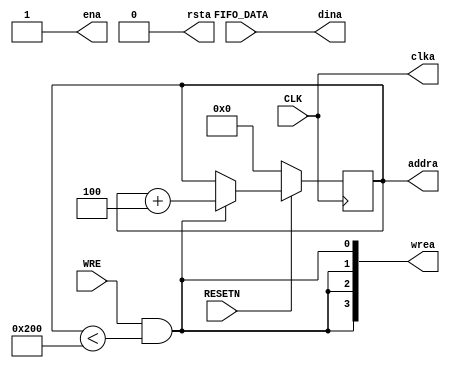
`timescale 1ns / 1ps
//////////////////////////////////////////////////////////////////////////////////
// Company: 
// Engineer: 
// 
// Design Name: 
// Module Name: Write_FIFO
// Project Name: 
// Target Devices: 
// Tool Versions: 
// Description: 
// 
// Dependencies: 
// 
// Revision:
// Revision 0.01 - File Created
// Additional Comments:
// 
//////////////////////////////////////////////////////////////////////////////////


module Write_FIFO(
    input           CLK,
    input [31 : 0]  FIFO_DATA,
    input           WRE,
    input           RESETN,
    
    output          clka,
    output [31 : 0] dina,
    output [31 : 0] addra,
    output [3  : 0] wrea,
    output          ena,
    output          rsta
    
    );
    
    reg [31:0] counter = 0;
    
    assign clka       = CLK;
    assign dina       = FIFO_DATA;
    assign addra      = counter;
    assign wrea       = {4{WRE && (counter < 512)}};
    assign ena        = 1;
    assign rsta       = 0;
    
    always @(posedge CLK) begin
        if(RESETN == 0) begin
            counter <= 0;
        end
        else begin 
            if(counter < 512 && WRE) begin
                counter <= counter + 4;
            end
        end
     end    
endmodule